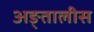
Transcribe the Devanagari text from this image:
अङ्तालीस